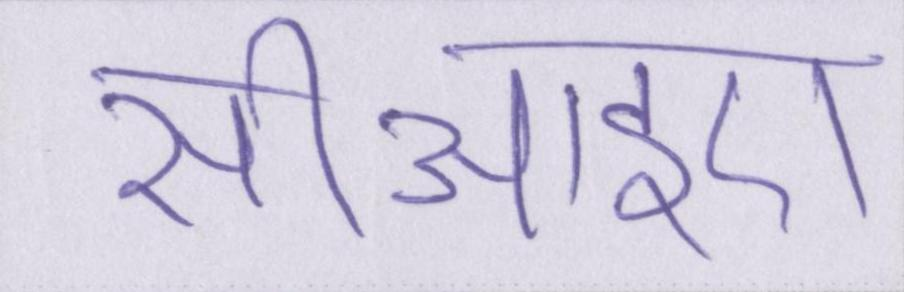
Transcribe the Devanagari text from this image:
सीआइए